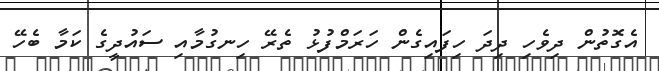
އެގޮތުން ދިވެހި ދިދަ ހިފައިގެން ހަރަމްފުޅު ތެރޭ ހިނގުމާއި ސައުދީގެ ކަމާ ބެހޭ